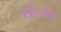
લોનાર